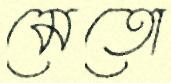
মেতো